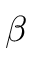
\beta